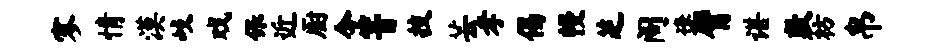
寥情漠歧戏保近厨今箐技芸孝偈幔芝阁逢臂谌敷枋帛